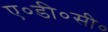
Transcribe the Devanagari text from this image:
ए०डी०सी०